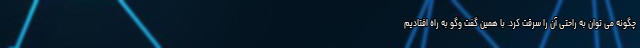
چگونه می توان به راحتی آن را سرقت کرد. با همین گفت وگو به راه افتادیم